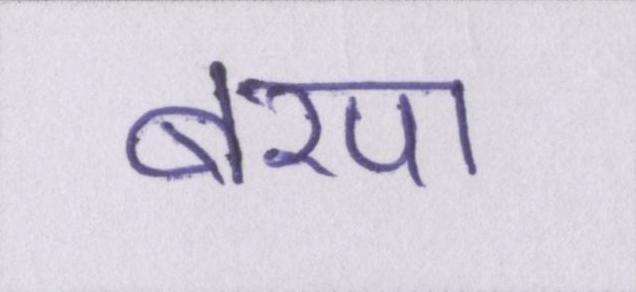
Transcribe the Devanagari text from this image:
बरपा